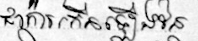
ជាការកើនឡើងនៃ